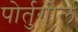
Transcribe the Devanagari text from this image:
पोर्तुगील